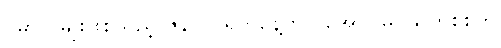
ဗမာလူမျိုးဖြစ်သည့် ဇွန်လ၁ရက်နေ့တွင် အောင်မြင်သူတစ်စုကို